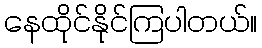
နေထိုင်နိုင်ကြပါတယ်။